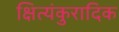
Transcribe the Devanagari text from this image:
क्षित्यंकुरादिक